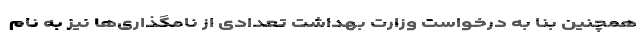
همچنین بنا به درخواست وزارت بهداشت تعدادی از نامگذاری‌ها نیز به نام